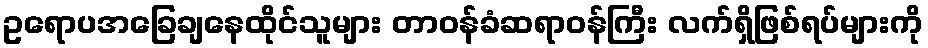
ဥရောပအခြေချနေထိုင်သူများ တာဝန်ခံဆရာဝန်ကြီး လက်ရှိဖြစ်ရပ်များကို